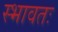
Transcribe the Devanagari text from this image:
स्भावतः